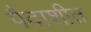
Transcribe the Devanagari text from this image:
पैदाशीत